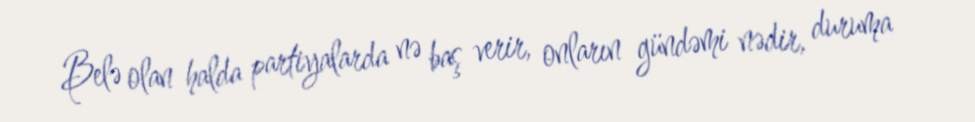
Belə olan halda partiyalarda nə baş verir, onların gündəmi nədir, duruma